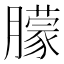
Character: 䑃